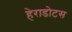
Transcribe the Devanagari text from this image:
हेराडोटस